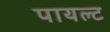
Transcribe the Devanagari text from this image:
पायल्ट